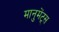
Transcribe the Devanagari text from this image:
मानुमेंट्स